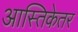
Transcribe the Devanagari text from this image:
आस्तिकेतर